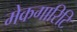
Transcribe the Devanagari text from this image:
मेकगारिटि